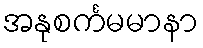
အနုစင်္ကမမာနာ